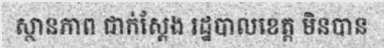
ស្ថានភាព ជាក់ស្តែង រដ្ឋបាលខេត្ត មិនបាន